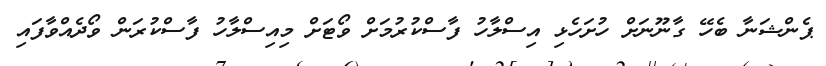
ޕެންޝަނާ ބެހޭ ގާނޫނަށް ހުށަހެޅި އިސްލާހު ފާސްކުރުމަށް ވޯޓަށް މިއިސްލާހު ފާސްކުުރަން ވޯދެއްވާފައި